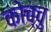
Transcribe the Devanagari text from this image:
कोच्चु